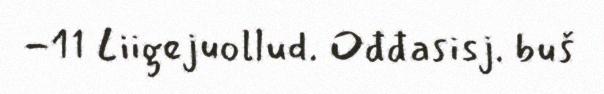
-11 Liigejuollud. Ođđasisj. buš